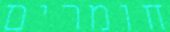
חומרים